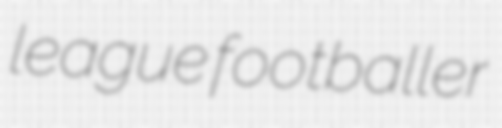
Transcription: league footballer